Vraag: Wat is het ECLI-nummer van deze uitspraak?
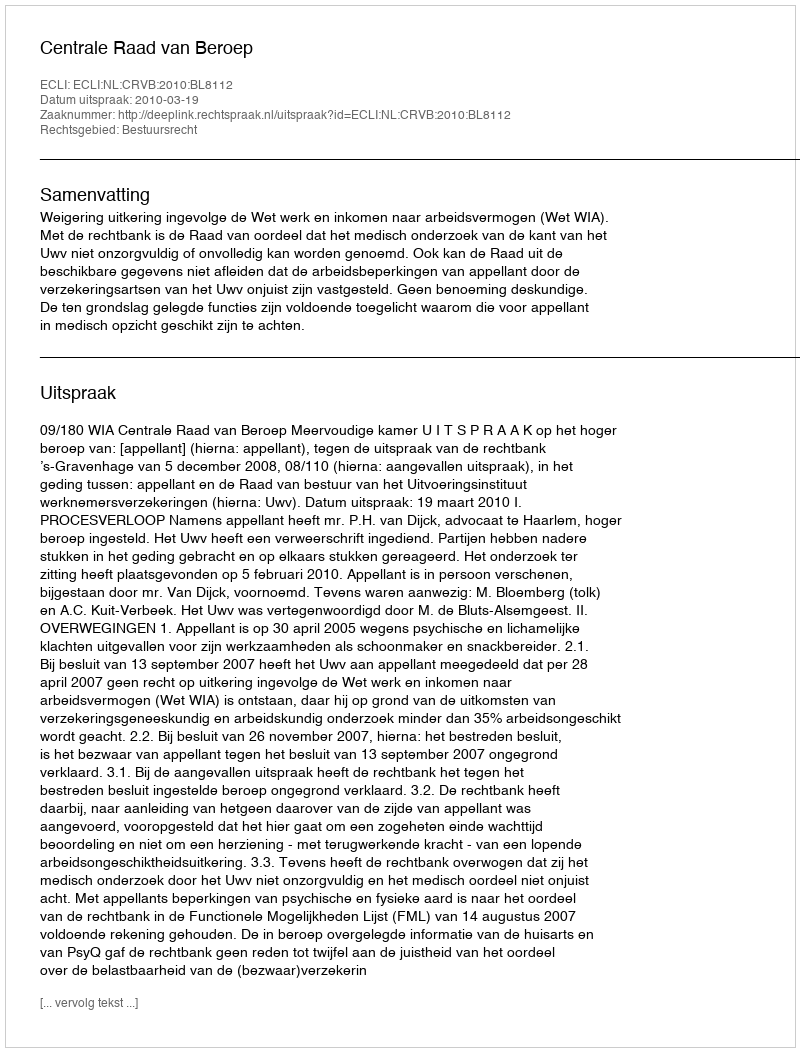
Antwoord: ECLI:NL:CRVB:2010:BL8112